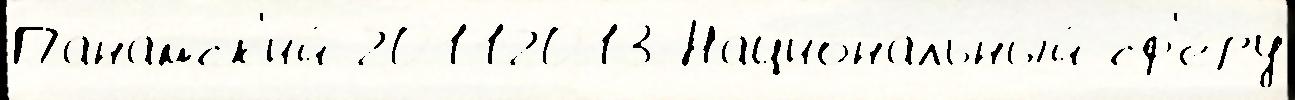
Пана́мск'ий 20112013 Национа́льный сф'е́ру